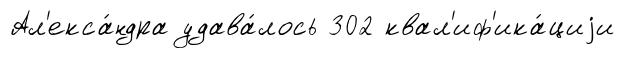
Ал'екса́ндра удава́лось 302 квал'иф'ика́циjи